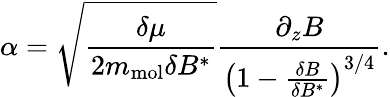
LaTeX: \alpha=\sqrt{\frac{\delta\mu}{2m_{\mathrm{mol}}\delta B^{*}}}\frac{\partial_{z}B}{\left(1-\frac{\delta B}{\delta B^{*}}\right)^{3/4}}.